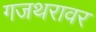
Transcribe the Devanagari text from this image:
गजथरावर